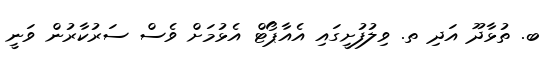
ބ. ތުޅާދޫ އަދި ތ. ވިލުފުށީގައި އެއާޕޯޓް އެޅުމަށް ވެސް ސަރުކާރުން ވަނީ